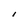
Character: l